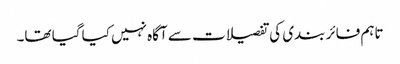
تاہم فائر بندی کی تفصیلات سے آگاہ نہیں کیا گیا تھا۔